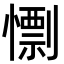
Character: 𢢼